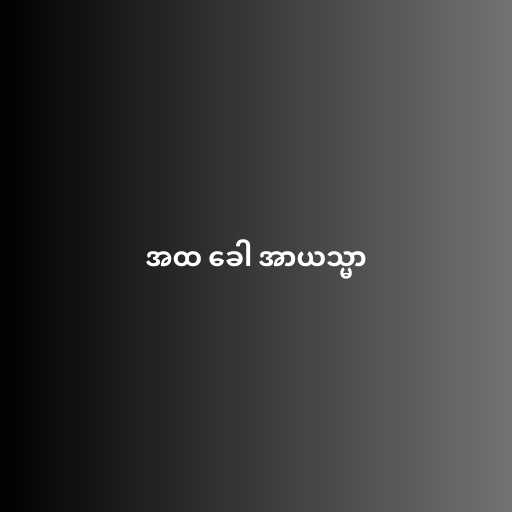
အထ ခေါ အာယသ္မာ